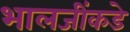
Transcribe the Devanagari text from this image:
भालजींकडे